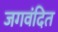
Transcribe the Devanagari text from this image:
जगवंदित